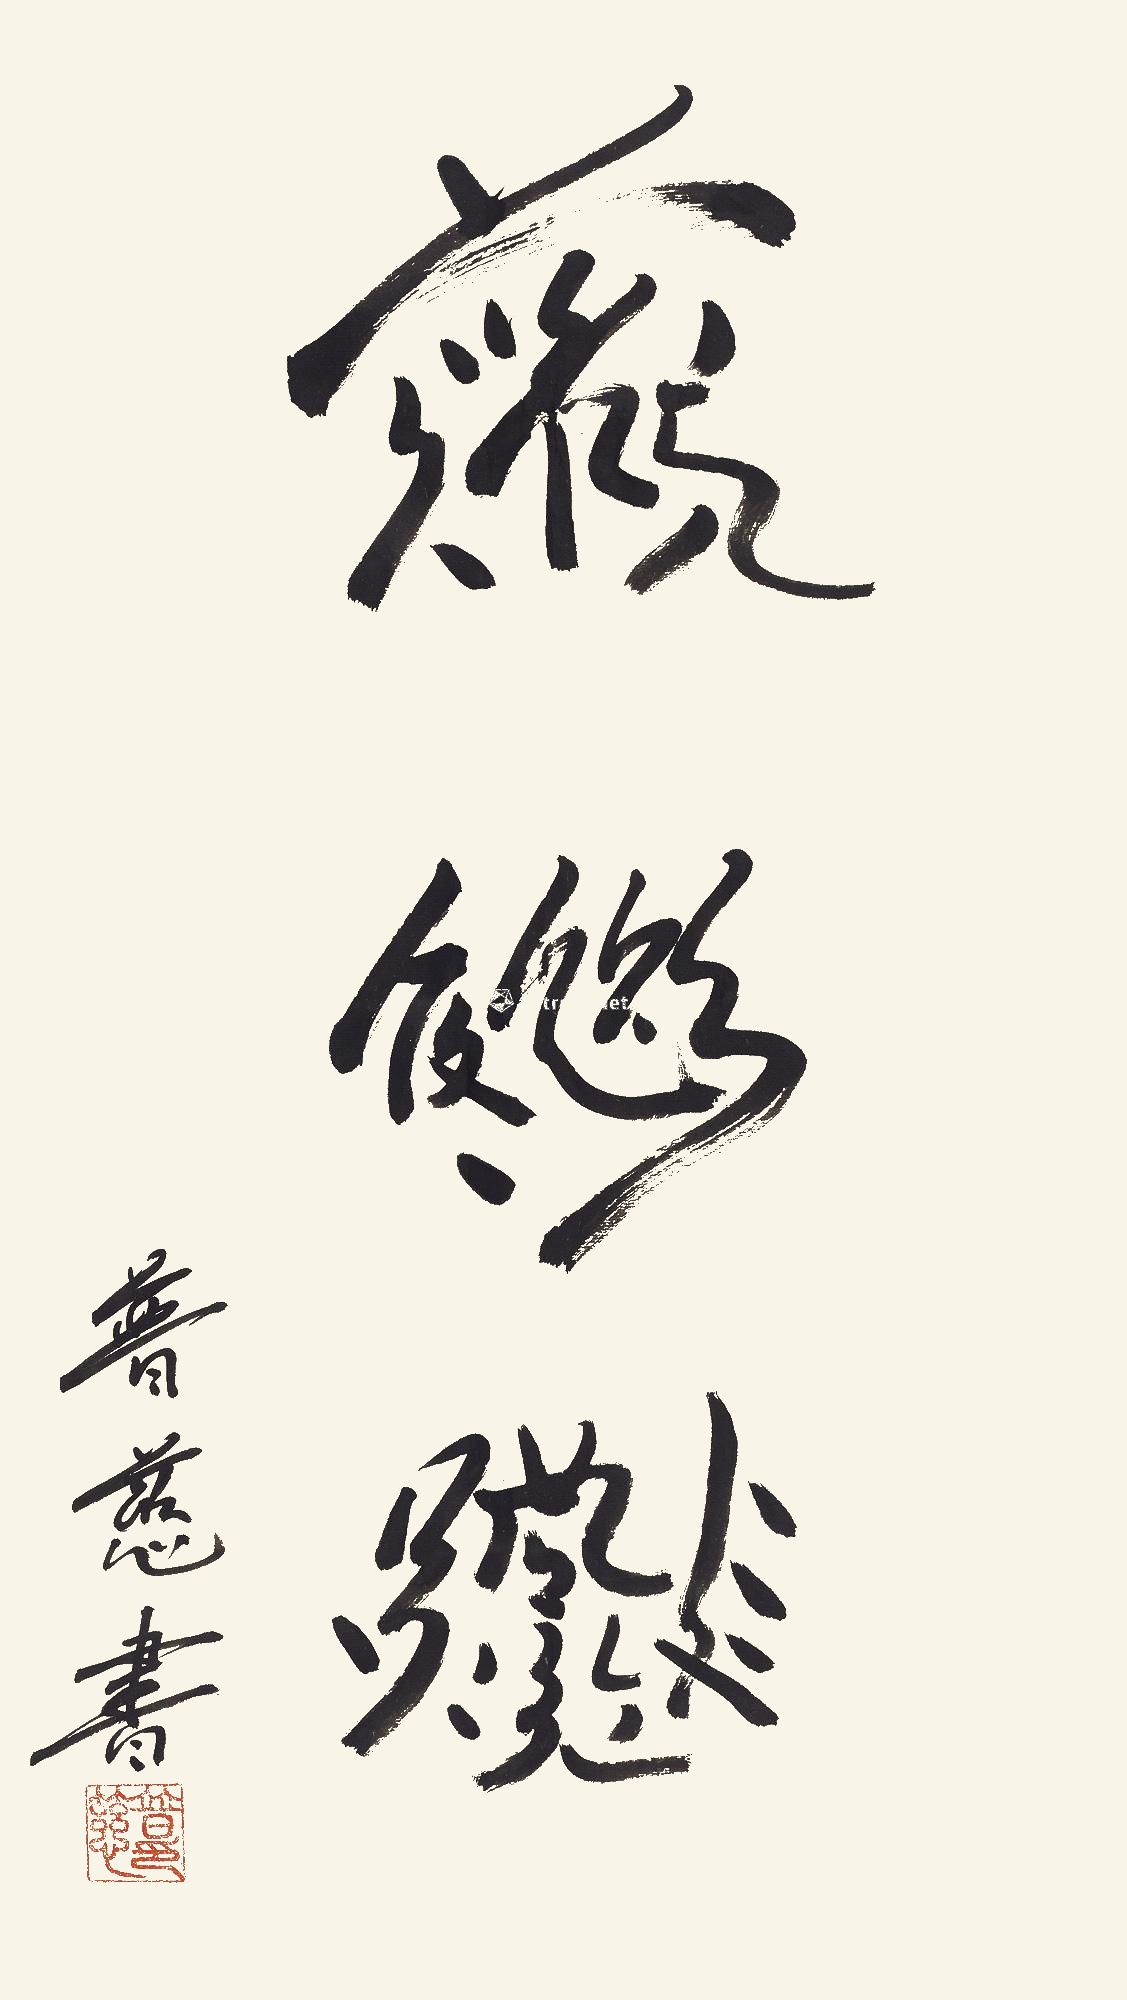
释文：善心居。普慈书。